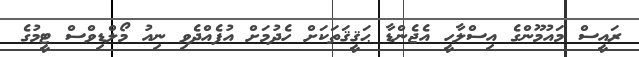
ރައީސް މައުމޫންގެ އިސްލާހީ އެޖެންޑާ ޙަޤީޤަތަކަށް ހެދުމަށް އުފެއްދެވި ނިއު މޯލްޑިވްސް ޓީމުގެ